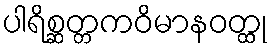
ပါရိစ္ဆတ္တကဝိမာနဝတ္ထု